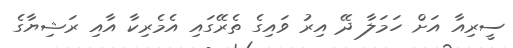
ސީރިއާ އަށް ހަމަލާ ދޭ އިރު ވައިގެ ތެރޭގައި އެމެރިކާ އާއި ރަޝިޔާގެ